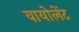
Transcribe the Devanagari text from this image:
वायोलेंट